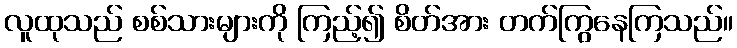
လူထုသည် စစ်သားများကို ကြည့်၍ စိတ်အား တက်ကြွနေကြသည်။